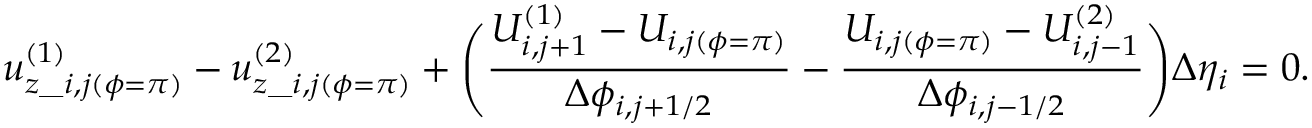
u _ { z \_ i , j ( \phi = \pi ) } ^ { ( 1 ) } - u _ { z \_ i , j ( \phi = \pi ) } ^ { ( 2 ) } + \Biggl ( \frac { U _ { i , j + 1 } ^ { ( 1 ) } - U _ { i , j ( \phi = \pi ) } } { \Delta \phi _ { i , j + 1 / 2 } } - \frac { U _ { i , j ( \phi = \pi ) } - U _ { i , j - 1 } ^ { ( 2 ) } } { \Delta \phi _ { i , j - 1 / 2 } } \Biggr ) \Delta \eta _ { i } = 0 .